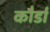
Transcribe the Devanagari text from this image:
कौर्डा